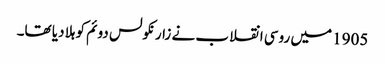
1905 میں روسی انقلاب نے زار نکولس دوئم کو ہلا دیا تھا۔